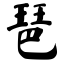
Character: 琶